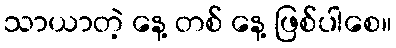
သာယာတဲ့ နေ့ တစ် နေ့ ဖြစ်ပါစေ။